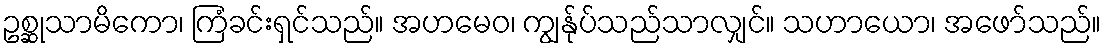
ဥစ္ဆုသာမိကော၊ ကြံခင်းရှင်သည်။ အဟမေဝ၊ ကျွန်ုပ်သည်သာလျှင်။ သဟာယော၊ အဖော်သည်။